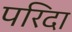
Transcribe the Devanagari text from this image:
परिदा